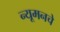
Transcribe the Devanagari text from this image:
न्यूमनचे